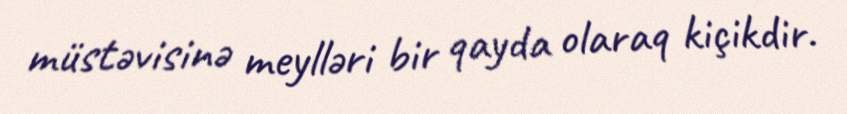
müstəvisinə meylləri bir qayda olaraq kiçikdir.